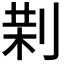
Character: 𠝚